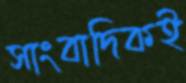
সাংবাদিকই